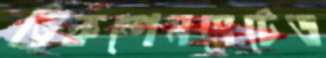
ডিকম্পেনসেটেড